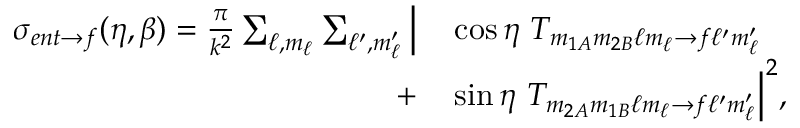
\begin{array} { r l } { \sigma _ { e n t \rightarrow f } ( \eta , \beta ) = \frac { \pi } { k ^ { 2 } } \sum _ { \ell , m _ { \ell } } \sum _ { \ell ^ { \prime } , m _ { \ell } ^ { \prime } } \Big | } & { { } \cos \eta \ T _ { m _ { 1 A } m _ { 2 B } \ell m _ { \ell } \rightarrow f \ell ^ { \prime } m _ { \ell } ^ { \prime } } } \\ { + } & { { } \sin \eta \ T _ { m _ { 2 A } m _ { 1 B } \ell m _ { \ell } \rightarrow f \ell ^ { \prime } m _ { \ell } ^ { \prime } } \Big | ^ { 2 } , } \end{array}